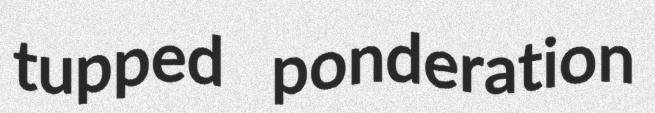
tupped ponderation